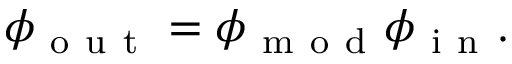
\phi _ { \mathrm { ~ o ~ u ~ t ~ } } = \phi _ { \mathrm { ~ m ~ o ~ d ~ } } \phi _ { \mathrm { ~ i ~ n ~ } } .